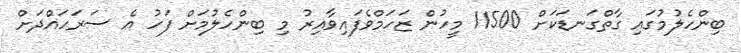
ބިންހެލުމުގައި ގާތްގަނޑަކަށް 11500 މީހުން ޒަހަމްވެފައިވާއިރު މި ބިންހެލުމަށް ފަހު އެ ސަރަހައްދަށް